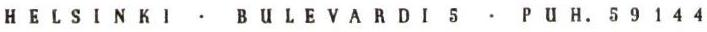
HELSINKI . BULEVARDI 5 . PUH. 59144